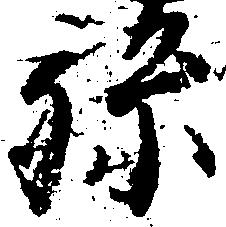
孫